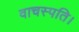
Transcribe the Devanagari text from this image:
वाचस्‍पति।